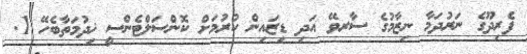
ފެރިދޫގެ ނަރުދަމާ ނިޒާމުގެ ސާރވޭ އަދި ޑިޒައިން ކުރުމަށް ކޮންސަލްޓެންސީ ޚިދުމަތާބެހޭ 1.